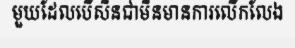
មួយដែលបើសិនជាមិនមានការលើកលែង